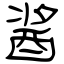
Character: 酱